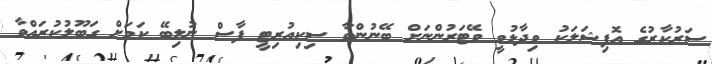
ސަރުކާރުގެ އޮފިޝަލަކު ވިދާޅުވީ ވޭޓަރުންނަށް ބޭނުންވާ ސިކިއުރިޓީ ފާސް ނުލިބޭ ކަމަށް ގަބޫލުކުރައްވާ